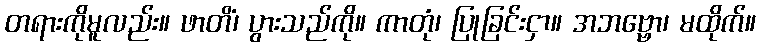
တရားကိုမူလည်း။ ဖာတိံ၊ ပွားသည်ကို။ ကာတုံ၊ ပြုခြင်းငှာ။ အဘဗ္ဗော၊ မထိုက်။